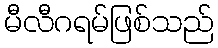
မီလီဂရမ်ဖြစ်သည်